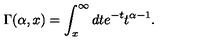
\Gamma ( \alpha , x ) = \int _ { x } ^ { \infty } d t e ^ { - t } t ^ { \alpha - 1 } .